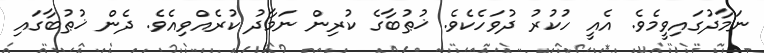
ނަމާދުގައިވީމެވެ. އެއީ ހުކުރު ދުވަހެކެވެ. ޚުޠުބާގެ ކުރިން ނަމާދު ކުރެއްވިއެވެ. ދެން ޚުޠުބާގައި